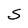
Character: S